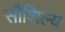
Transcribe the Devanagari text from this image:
सौशिल्य